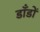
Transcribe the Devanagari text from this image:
डाँडों